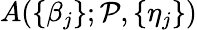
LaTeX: A(\{ \beta_{j}\} ;\mathcal{P},\{ \eta_{j}\} )